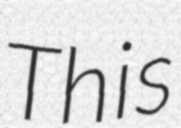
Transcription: This